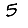
Digit: 5